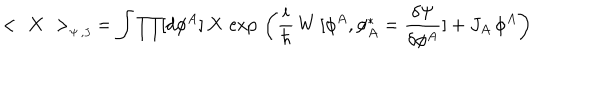
LaTeX: < \, \, X \, \, > _ { _ { \Psi \, , J \, } } = \int \prod [ d \phi ^ { A } ] \, X \, \exp \, \left( { \frac { i } { \hbar } } \, W \, [ \phi ^ { A } , \phi _ { A } ^ { \ast } = { \frac { \delta \Psi } { \delta \phi ^ { A } } } ] + J _ { A } \, \phi ^ { A } \right)